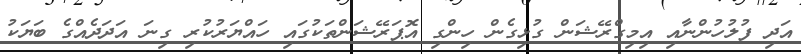
އަދި ފުލުހުންނާއި އިމިގްރޭޝަން ގުޅިގެން ހިންގި އޮޕަރޭޝަންތަކުގައި ހައްޔަރުކުރި ގިނަ އަދަދެއްގެ ބަޔަކު